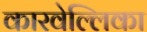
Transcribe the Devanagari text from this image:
कारवेल्लिका